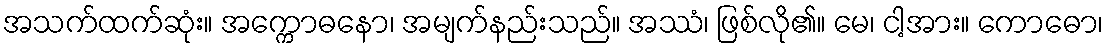
အသက်ထက်ဆုံး။ အက္ကောဓနော၊ အမျက်နည်းသည်။ အဿံ၊ ဖြစ်လို၏။ မေ၊ ငါ့အား။ ကောဓော၊